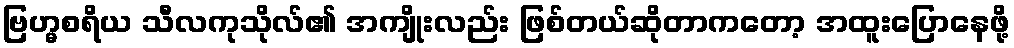
ဗြဟ္မစရိယ သီလကုသိုလ်၏ အကျိုးလည်း ဖြစ်တယ်ဆိုတာကတော့ အထူးပြောနေဖို့